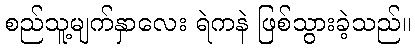
စည်သူ့မျက်နှာလေး ရဲကနဲ ဖြစ်သွားခဲ့သည်။